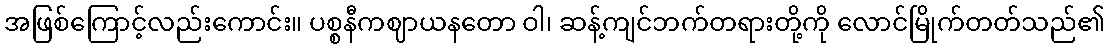
အဖြစ်ကြောင့်လည်းကောင်း။ ပစ္စနီကဈာယနတော ဝါ၊ ဆန့်ကျင်ဘက်တရားတို့ကို လောင်မြိုက်တတ်သည်၏